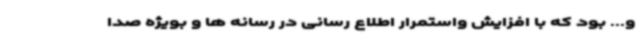
و... بود که با افزایش واستمرار اطلاع رسانی در رسانه ها و بویژه صدا